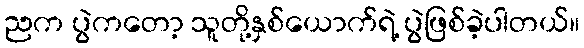
ညက ပွဲကတော့ သူတို့နှစ်ယောက်ရဲ့ ပွဲဖြစ်ခဲ့ပါတယ်။